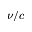
\nu / c